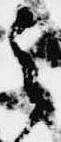
之